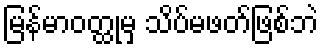
မြန်မာဝတ္ထုမှ သိပ်မဖတ်ဖြစ်ဘဲ